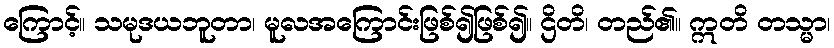
ကြောင့်။ သမုဒယဘူတာ၊ မူလအကြောင်းဖြစ်၍ဖြစ်၍။ ဌိတိ၊ တည်၏။ ဣတိ တသ္မာ၊